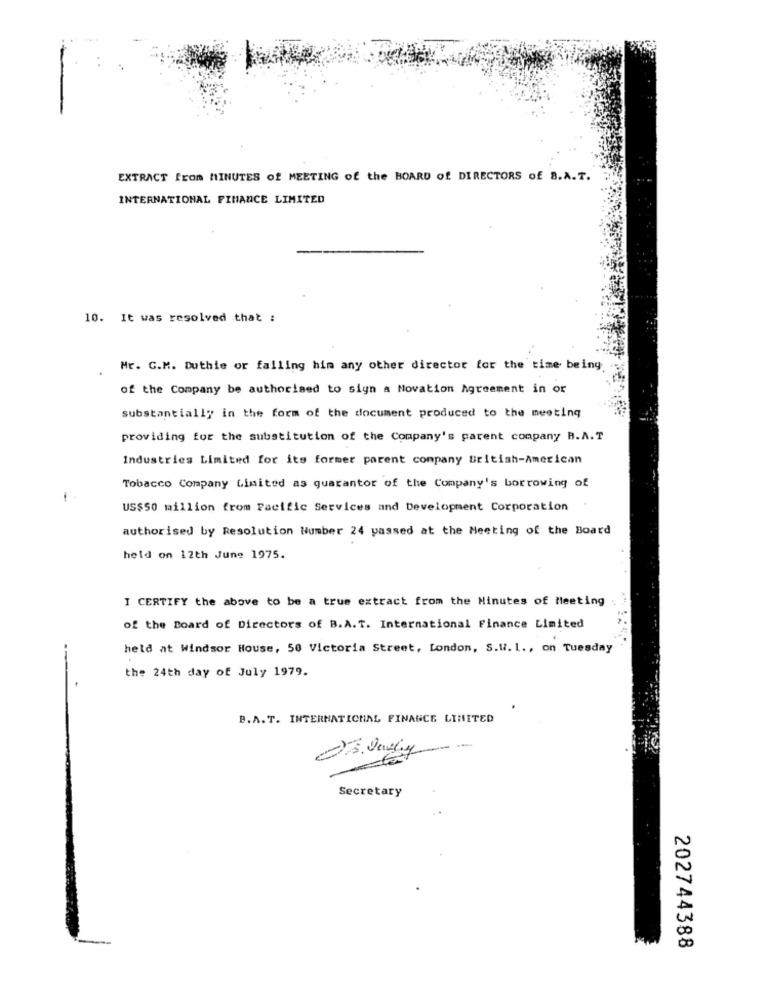
EXTRACT from MINUTES of MEETING of the BOARD of DIRECTORS of B.A.T.
INTERNATIONAL FINANCE LIMITED
10. It was resolved that :
Mr. G.M. Duthie or falling him any other director for the time being
of the Company be authorised to sign a Novation Agreement in or
substantially in the form of the document produced to the meeting
providing for the substitution of the Company's parent company B.A.T
Industries Limited for its former parent company British-American
Tobacco Company Limited as quarantor of the Company's borrowing of
US$50 million from Pacific Services and Development Corporation
authorised by Resolution Number 24 passed at the Meeting of the Board
held on 12th June 1975.
I CERTIFY the above to be a true extract from the Minutes of Meeting
of the Board of Directors of B.A.T. International Finance Limited
held at Windsor House, 50 Victoria Street, London, S.u. L ., on Tuesday
the 24th day of July 1979.
B.A.T. INTERNATIONAL FINANCE LIMITED
--
Secretary
202744388